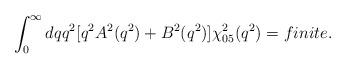
LaTeX: \begin{align*}\int_{0}^{\infty }dqq^{2}\lbrack q^{2}A^{2}(q^{2})+B^{2}(q^{2})\rbrack \chi_{05}^{2}(q^{2})=finite.\end{align*}